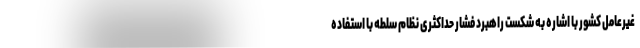
غیرعامل کشور با اشاره به شکست راهبرد فشار حداکثری نظام سلطه با استفاده